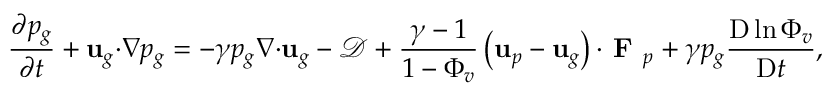
\frac { \partial p _ { g } } { \partial t } + \mathbf { u } _ { g } \mathbf { \cdot } \nabla p _ { g } = - \gamma p _ { g } \nabla \mathbf { \cdot } \mathbf { u } _ { g } - \mathcal { D } + \frac { \gamma - 1 } { 1 - \Phi _ { v } } \left( \mathbf { u } _ { p } - \mathbf { u } _ { g } \right) \mathbf { \cdot } \textbf { F } _ { p } + \gamma p _ { g } \frac { \mathrm { D } \ln { \Phi _ { v } } } { \mathrm { D } t } ,